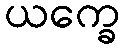
ယက္ခေ